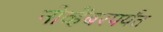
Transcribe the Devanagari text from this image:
नोव्हेंबरपर्यंत